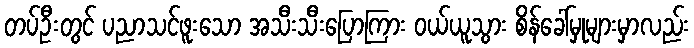
တပ်ဦးတွင် ပညာသင်ဖူးသော အသီးသီးပြောကြား ဝယ်ယူသွား စိန်ခေါ်မှုများမှာလည်း